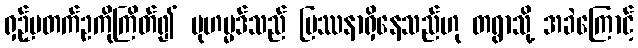
ရှဉ့်မတက်ဥကိုကြိတ်၍ မုဟမ္မဒ်သည် ပြဿနာရှိနေသည်ဟု တရွာသို့ အခဲကြောင့်